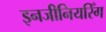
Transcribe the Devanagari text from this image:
इनजीनियरिँग